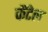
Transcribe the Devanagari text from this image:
कैंटेल